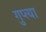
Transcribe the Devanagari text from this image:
गुप्‍त्या